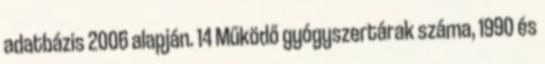
adatbázis 2006 alapján. 14 Működő gyógyszertárak száma, 1990 és